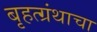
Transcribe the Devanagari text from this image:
बृहत्ग्रंथाचा